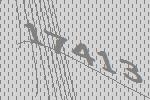
17413